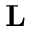
\mathbf { L }